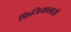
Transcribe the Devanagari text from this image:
फिजियालाजी